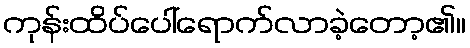
ကုန်းထိပ်ပေါ်ရောက်လာခဲ့တော့၏။